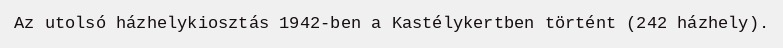
Az utolsó házhelykiosztás 1942-ben a Kastélykertben történt (242 házhely).